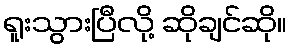
ရူးသွားပြီလို့ ဆိုချင်ဆို။